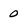
Character: 0